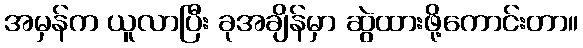
အမှန်က ယူလာပြီး ခုအချိန်မှာ ဆွဲထားဖို့ကောင်းတာ။